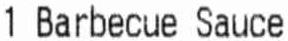
1 BARBECUE SAUCE